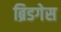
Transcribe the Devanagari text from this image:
ब्रिडगेस